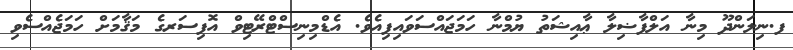
ފ.ނިލަންދޫ މިނާ އަލްފާޟިލާ ޢާއިޝަތު ޔުމްނާ ހަމަޖައްސަވައިފިއެވެ. އެޑްމިނިސްޓްރޭޓިވް އޮފިސަރގެ މަޤާމަށް ހަމަޖެއްސެވި